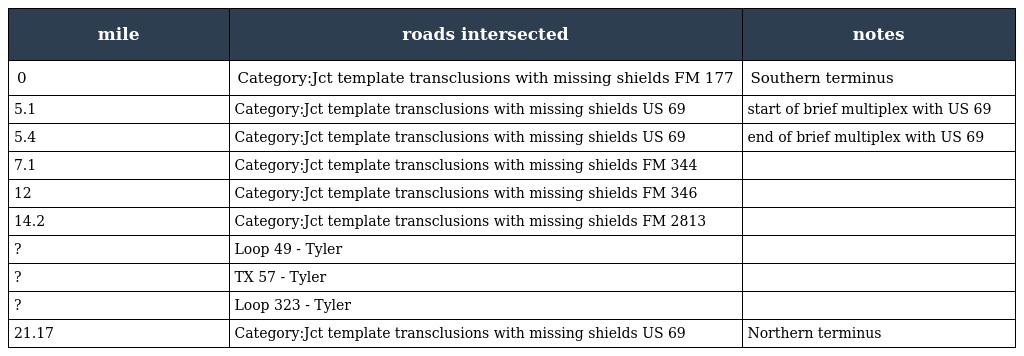
| mile | roads intersected | notes |
 | --- | --- | --- |
 | 0 | Category:Jct template transclusions with missing shields FM 177 | Southern terminus |
 | 5.1 | Category:Jct template transclusions with missing shields US 69 | start of brief multiplex with US 69 |
 | 5.4 | Category:Jct template transclusions with missing shields US 69 | end of brief multiplex with US 69 |
 | 7.1 | Category:Jct template transclusions with missing shields FM 344 |  |
 | 12 | Category:Jct template transclusions with missing shields FM 346 |  |
 | 14.2 | Category:Jct template transclusions with missing shields FM 2813 |  |
 | ? | Loop 49 - Tyler |  |
 | ? | TX 57 - Tyler |  |
 | ? | Loop 323 - Tyler |  |
 | 21.17 | Category:Jct template transclusions with missing shields US 69 | Northern terminus |